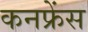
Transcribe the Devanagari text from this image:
कनफ्रेंस